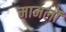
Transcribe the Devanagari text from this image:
मामलॊं